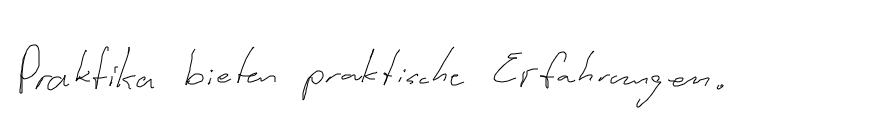
Praktika bieten praktische Erfahrungen.